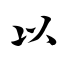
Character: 以